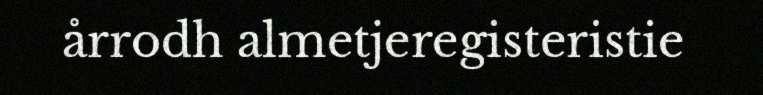
årrodh almetjeregisteristie